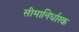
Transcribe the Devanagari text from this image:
सीमानिर्धारक